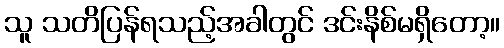
သူ သတိပြန်ရသည့်အခါတွင် ဒင်းနိစ်မရှိတော့။